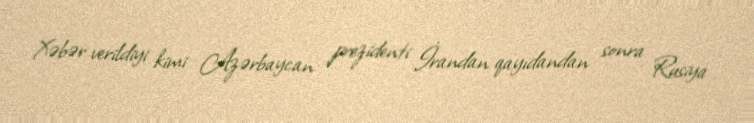
Xəbər verildiyi kimi Azərbaycan prezidenti İrandan qayıdandan sonra Rusiya